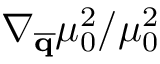
\nabla _ { \overline { { \mathbf { q } } } } \mu _ { 0 } ^ { 2 } / \mu _ { 0 } ^ { 2 }